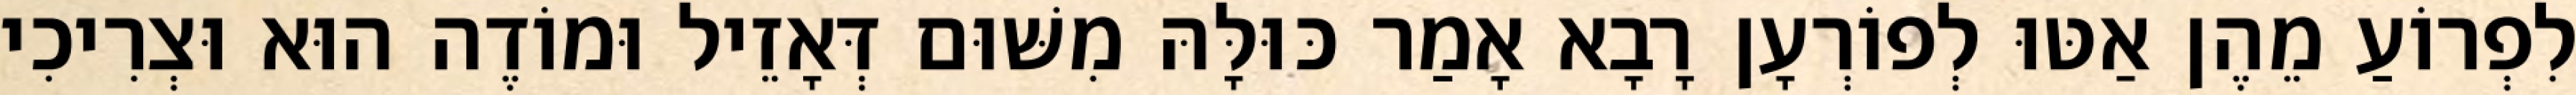
לִפְרוֹעַ מֵהֶן אַטּוּ לְפוֹרְעָן רָבָא אָמַר כּוּלָּהּ מִשּׁוּם דְּאָזֵיל וּמוֹדֶה הוּא וּצְרִיכִי